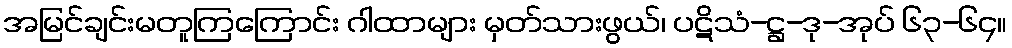
အမြင်ချင်းမတူကြကြောင်း ဂါထာများ မှတ်သားဖွယ်၊ ပဋိသံ-ဋ္ဌ-ဒု-အုပ် ၆၃-၆၄။